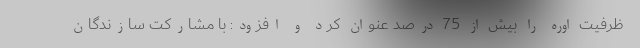
ظرفیت اوره را بیش از 75 درصد عنوان کرد و افزود: با مشارکت سازندگان